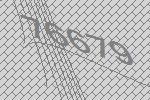
76679